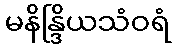
မနိန္ဒြိယသံဝရံ